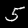
Label: 5